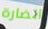
الضارة